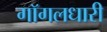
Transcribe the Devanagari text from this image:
गॉगलधारी